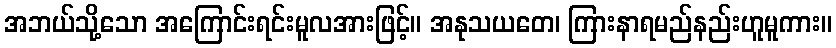
အဘယ်သို့သော အကြောင်းရင်းမူလအားဖြင့်။ အနုသယတေ၊ ကြားနာရမည်နည်းဟူမူကား။